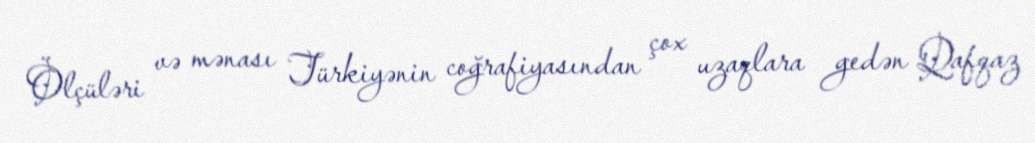
Ölçüləri və mənası Türkiyənin coğrafiyasından çox uzaqlara gedən Qafqaz